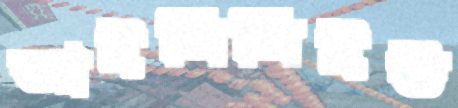
আইসিসিইউ